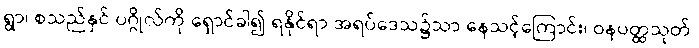
ရွာ၊ စသည်နှင် ပဂ္ဂိုလ်ကို ရှောင်ခါ၍ ရနိုင်ရာ အရပ်ဒေသ၌သာ နေသင့်ကြောင်း၊ ဝနပတ္ထသုတ်၊